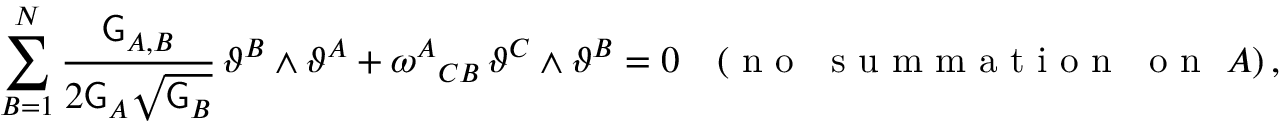
\sum _ { B = 1 } ^ { N } \frac { \mathsf { G } _ { A , B } } { 2 \mathsf { G } _ { A } \sqrt { \mathsf { G } _ { B } } } \, \vartheta ^ { B } \wedge \vartheta ^ { A } + \omega ^ { A } { } _ { C B } \, \vartheta ^ { C } \wedge \vartheta ^ { B } = 0 \quad ( \mathrm { ~ n ~ o ~ ~ ~ s ~ u ~ m ~ m ~ a ~ t ~ i ~ o ~ n ~ ~ ~ o ~ n ~ } ~ A ) \, ,